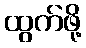
ထွက်ဖို့